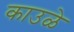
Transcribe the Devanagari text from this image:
काउळे